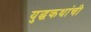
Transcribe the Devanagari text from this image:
युद्धकथांची